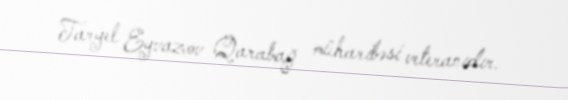
Taryel Eyvazov Qarabağ müharibəsi veteranıdır.